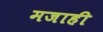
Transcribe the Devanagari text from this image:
मजाही